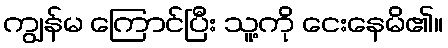
ကျွန်မ ကြောင်ပြီး သူ့ကို ငေးနေမိ၏။